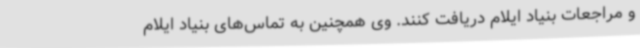
و مراجعات بنیاد ایلام دریافت کنند. وی همچنین به تماس‌های بنیاد ایلام